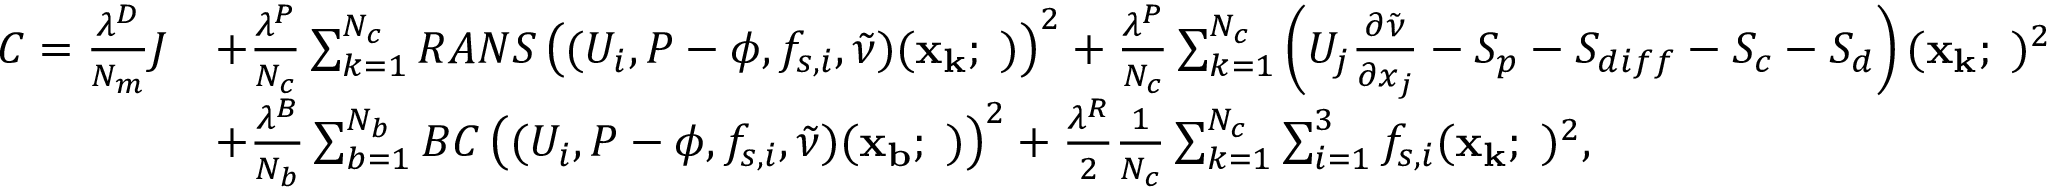
\begin{array} { r l } { C = \frac { \lambda ^ { D } } { N _ { m } } J } & { + \frac { \lambda ^ { P } } { N _ { c } } \sum _ { k = 1 } ^ { N _ { c } } R A N S \left( ( U _ { i } , P - \phi , f _ { s , i } , \tilde { \nu } ) ( \mathbf { x _ { k } ; \theta } ) \right) ^ { 2 } + \frac { \lambda ^ { P } } { N _ { c } } \sum _ { k = 1 } ^ { N _ { c } } \left( U _ { j } \frac { \partial \tilde { \nu } } { \partial x _ { j } } - S _ { p } - S _ { d i f f } - S _ { c } - S _ { d } \right) ( \mathbf { x _ { k } ; \theta } ) ^ { 2 } } \\ & { + \frac { \lambda ^ { B } } { N _ { b } } \sum _ { b = 1 } ^ { N _ { b } } B C \left( ( U _ { i } , P - \phi , f _ { s , i } , \tilde { \nu } ) ( \mathbf { x _ { b } ; \theta } ) \right) ^ { 2 } + \frac { \lambda ^ { R } } { 2 } \frac { 1 } { N _ { c } } \sum _ { k = 1 } ^ { N _ { c } } \sum _ { i = 1 } ^ { 3 } f _ { s , i } ( \mathbf { x _ { k } ; \theta } ) ^ { 2 } , } \end{array}